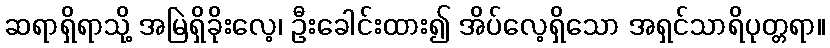
ဆရာရှိရာသို့ အမြဲရှိခိုးလေ့၊ ဦးခေါင်းထား၍ အိပ်လေ့ရှိသော အရှင်သာရိပုတ္တရာ။